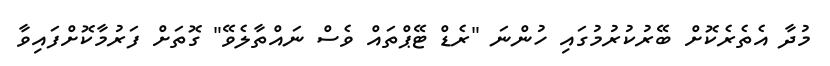
މުދާ އެތެރެކޮށް ބޭރުކުރުމުގައި ހުންނަ "ރެޑް ޓޭޕްތައް ވެސް ނައްތާލެވޭ" ގޮތަށް ފަރުމާކޮށްފައިވާ